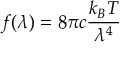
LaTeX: f ( \lambda ) = 8 \pi c { \frac { k _ { B } T } { \lambda ^ { 4 } } }